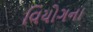
વિયોગના